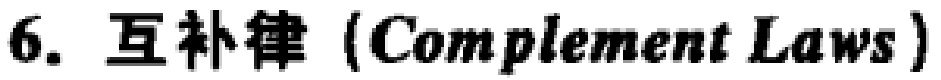
6. 互补律 (Complement Laws)